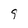
Character: g